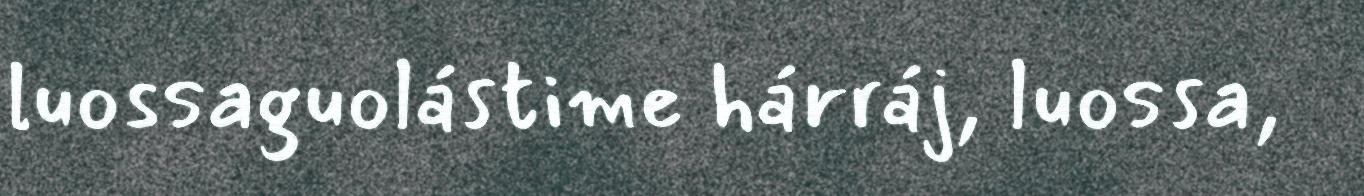
luossaguolástime hárráj, luossa,